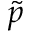
\tilde { p }